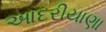
આદરીયાણા